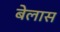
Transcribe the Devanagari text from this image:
बेलास